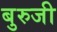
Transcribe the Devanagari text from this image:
बुरुजी